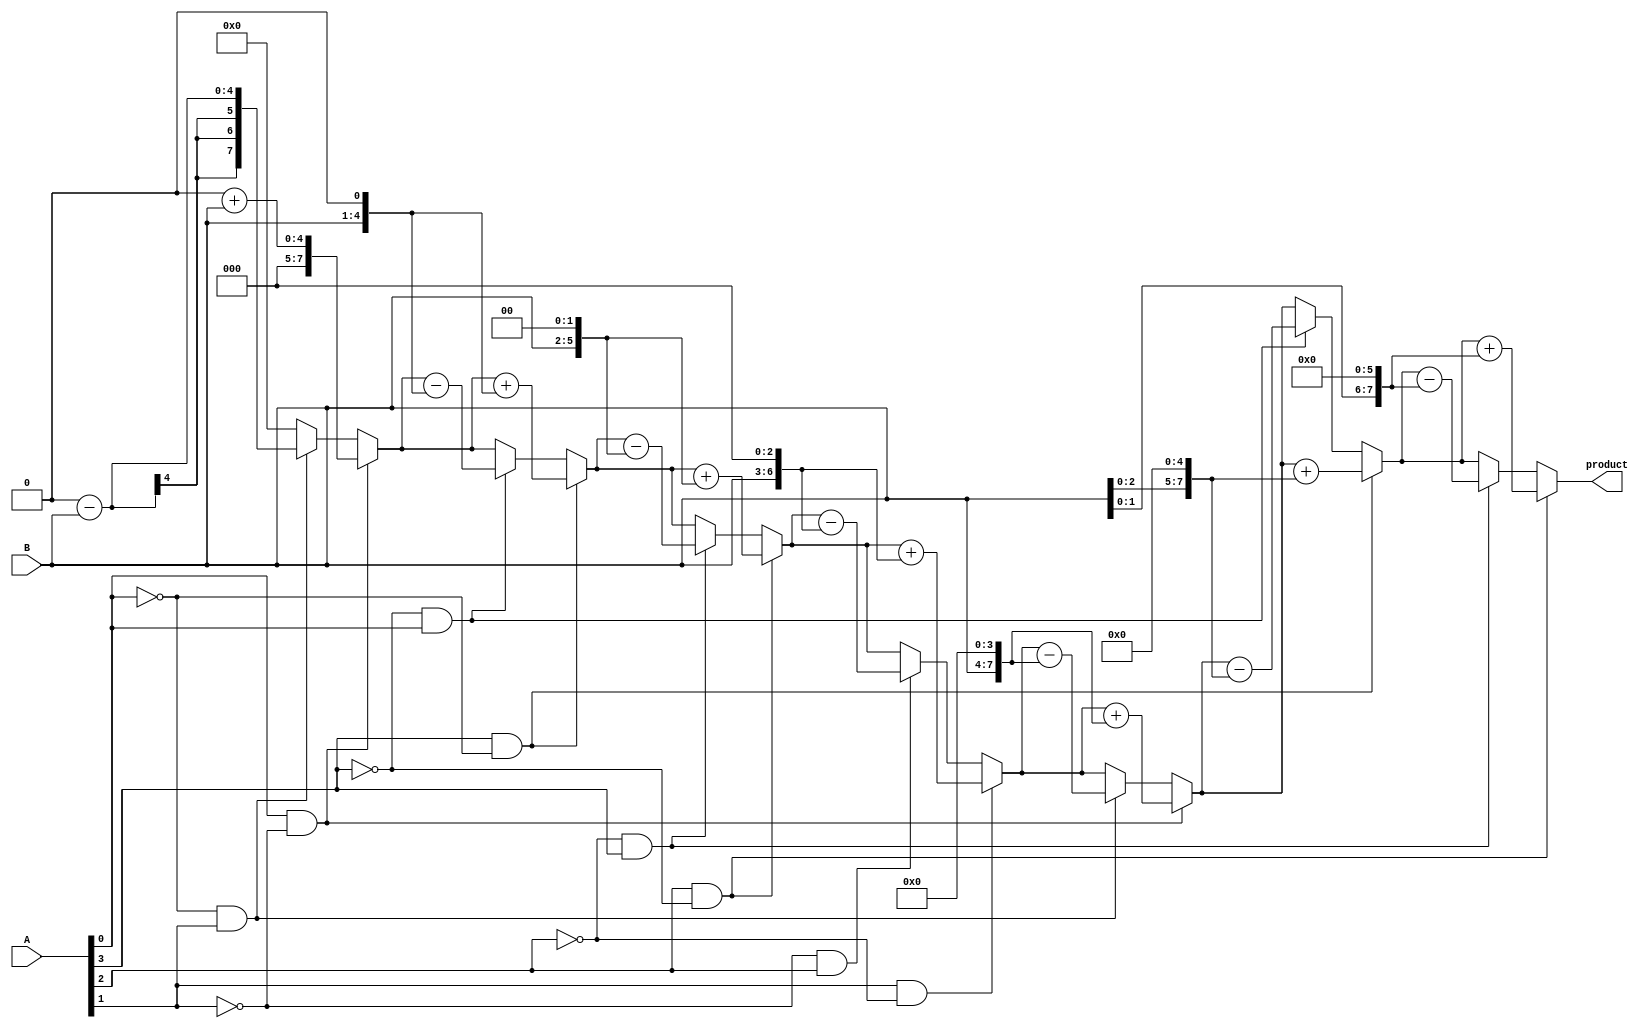
module booth_multiplier(
    input [3:0] A,
    input [3:0] B,
    output reg [7:0] product
);

reg [3:0] partial_products [0:6];

integer i;

always @(*) begin
    partial_products[0] = {4'b0, A}; // Initial value for partial product

    for (i = 1; i < 7; i = i + 1) begin
        partial_products[i][0] = partial_products[i - 1][3]; // Shift right
        partial_products[i][1] = partial_products[i - 1][0]; // Shift right
        partial_products[i][2] = partial_products[i - 1][1]; // Shift right
        partial_products[i][3] = partial_products[i - 1][2]; // Shift right
    end
end

always @(*) begin
    product = 8'b0;

    for (i = 0; i < 7; i = i + 1) begin
        if (partial_products[i][0] == 1 && partial_products[i][1] == 0) begin
            product = product + (B << i); // Add B shifted by i
        end
        else if (partial_products[i][0] == 0 && partial_products[i][1] == 1) begin
            product = product - (B << i); // Subtract B shifted by i
        end
    end
end

endmodule